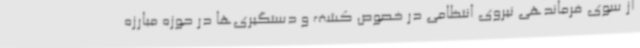
از سوی فرماندهی نیروی انتظامی در خصوص کشف و دستگیری‌ها در حوزه مبارزه